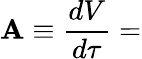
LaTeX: \mathbf{A}\equiv{\frac{{dV}}{{d\tau}}}=